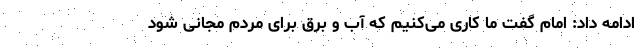
ادامه داد: امام گفت ما کاری می‌کنیم که آب و برق برای مردم مجانی شود